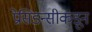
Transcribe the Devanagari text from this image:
प्रेसिडन्सीकडून